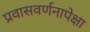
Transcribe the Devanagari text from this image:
प्रवासवर्णनापेक्षा